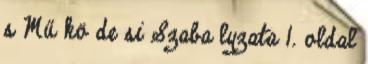
s Mű kö de si Szaba lyzata 1. oldal